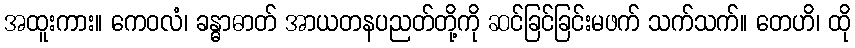
အထူးကား။ ကေဝလံ၊ ခန္ဓာဓာတ် အာယတနပညတ်တို့ကို ဆင်ခြင်ခြင်းမဖက် သက်သက်။ တေဟိ၊ ထို